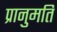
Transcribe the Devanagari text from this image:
प्रानुमति